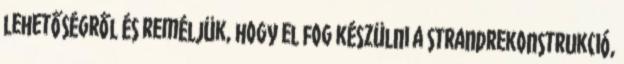
lehetőségről és reméljük, hogy el fog készülni a strandrekonstrukció,